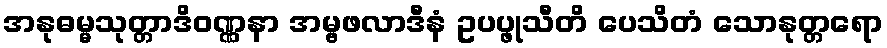
အနုဓမ္မသုတ္တာဒိဝဏ္ဏနာ အမ္ဗဖလာဒီနံ ဥပပ္ဖုသီတိ ပေသိတံ သောနုတ္တရော